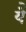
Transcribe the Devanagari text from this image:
येे